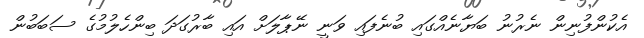
އެކުންފުނިން ނެރުނު ބަޔާނެއްގައި ބުނެފައި ވަނީ ނޭޕާލަށް އައި ބާރުގަދަ ބިންހެލުމުގެ ސަބަބުން